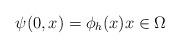
LaTeX: \begin{align*}\psi (0,x)=\phi _{h}(x)x\in \Omega \end{align*}